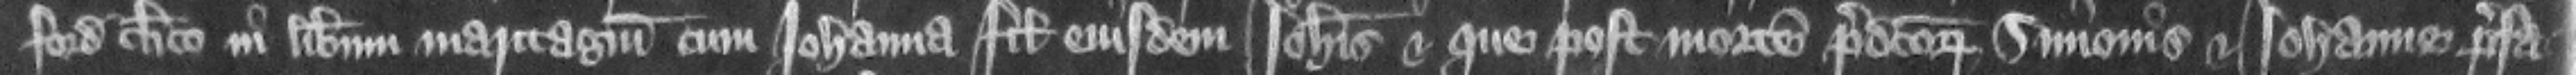
ford clerico in liberum maritagium cum Iohanna filia eiusdem Iohannis et que post mortem predictorum Simonis et Iohanne prefa